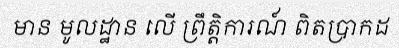
មាន មូលដ្ឋាន លើ ព្រឹត្តិការណ៍ ពិតប្រាកដ